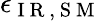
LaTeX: \epsilon_{\mathrm{~I~R~,~S~M~}}